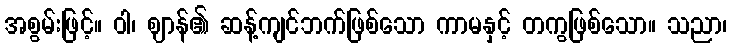
အစွမ်းဖြင့်။ ဝါ၊ ဈာန်၏ ဆန့်ကျင်ဘက်ဖြစ်သော ကာမနှင့် တကွဖြစ်သော။ သညာ၊